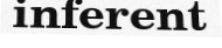
inferent